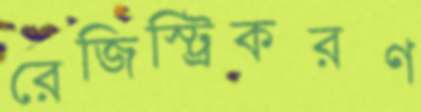
রেজিস্ট্রিকরণ